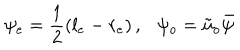
\psi _ { e } = { \frac { 1 } { 2 } } ( l _ { e } - r _ { e } ) \, , \psi _ { o } = { \tilde { u } } _ { o } \bar { \psi }